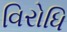
વિરોધિ